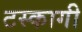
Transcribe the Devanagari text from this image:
टस्कागी